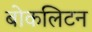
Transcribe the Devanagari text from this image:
बोकलिटन